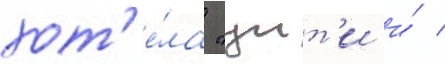
хот'е́ла "уит'и и́ /